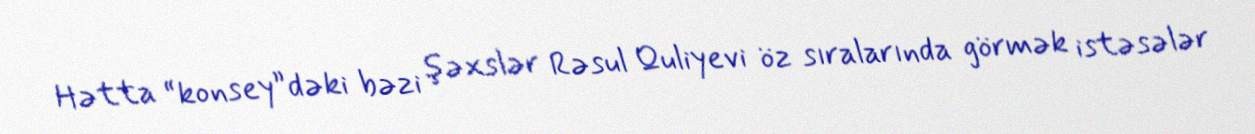
Hətta “konsey”dəki bəzi şəxslər Rəsul Quliyevi öz sıralarında görmək istəsələr